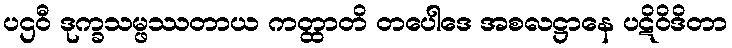
ပဌဝီ ဒုက္ခသမ္ဖဿတာယ ကတ္ထာတိ တပေါဒေ အစလဋ္ဌာနေ ပဋိဝိဒိတာ